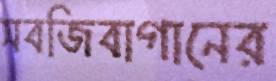
সবজিবাগানের